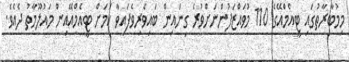
މިމުބާރާތުގައި ޓީއެމްއޭގެ 110 މުވައްޒަފުންނަށްވުރެ ގިނައިން ބައިވެރިވެފައިވާ ކަމަށް ޓީއެމްއޭއިން މައުލޫމާތު ދެއެވެ.